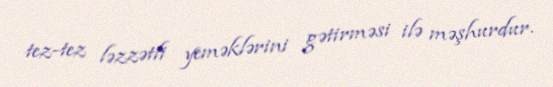
tez-tez ləzzətli yeməklərini gətirməsi ilə məşhurdur.